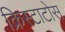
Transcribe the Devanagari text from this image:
क्रिस्टाटोस